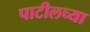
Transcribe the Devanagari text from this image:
पाटीलच्या